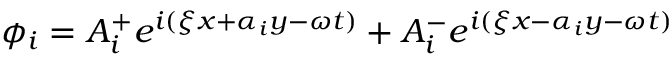
\phi _ { i } = A _ { i } ^ { + } e ^ { i ( \xi x + \alpha _ { i } y - \omega t ) } + A _ { i } ^ { - } e ^ { i ( \xi x - \alpha _ { i } y - \omega t ) }